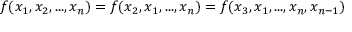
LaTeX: f ( x _ { 1 } , x _ { 2 } , . . . , x _ { n } ) = f ( x _ { 2 } , x _ { 1 } , . . . , x _ { n } ) = f ( x _ { 3 } , x _ { 1 } , . . . , x _ { n } , x _ { n - 1 } )